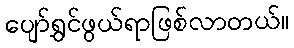
ပျော်ရွှင်ဖွယ်ရာဖြစ်လာတယ်။